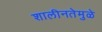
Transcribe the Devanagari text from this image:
शालीनतेमुळे